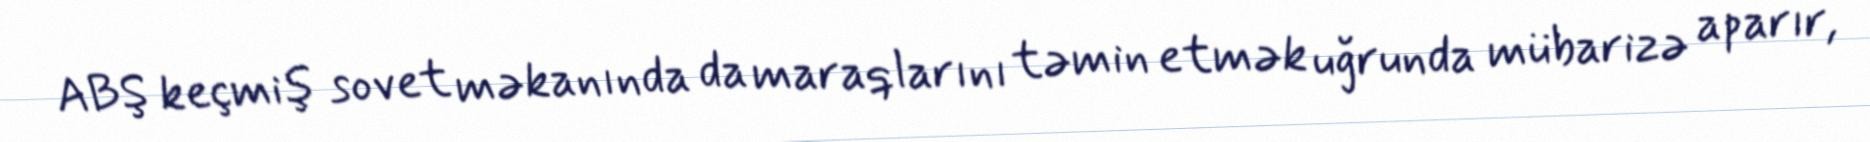
ABŞ keçmiş sovet məkanında da maraqlarını təmin etmək uğrunda mübarizə aparır,